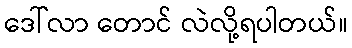
ဒေါ်လာ တောင် လဲလို့ရပါတယ်။